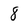
Character: 8